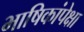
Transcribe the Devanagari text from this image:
भाषिकांपेक्षा